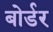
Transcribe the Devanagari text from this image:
बोर्डर